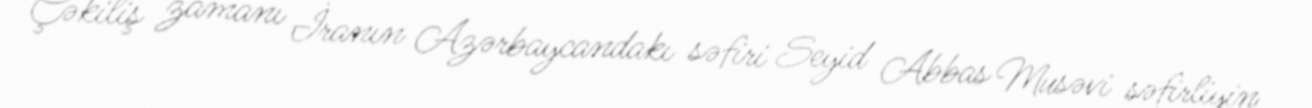
Çəkiliş zamanı İranın Azərbaycandakı səfiri Seyid Abbas Musəvi səfirliyin